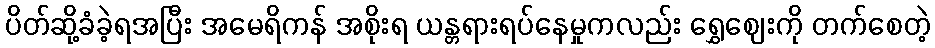
ပိတ်ဆို့ခံခဲ့ရအပြီး အမေရိကန် အစိုးရ ယန္တရားရပ်နေမှုကလည်း ရွှေဈေးကို တက်စေတဲ့